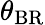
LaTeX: \theta_{\mathrm{BR}}